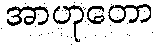
အာဟုတော